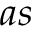
a s